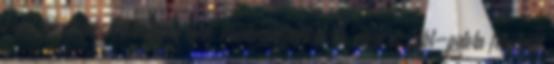
kényszerű kilakoltatottságban éljük mindennapjainkat ide most az Ybl-palota felújítását